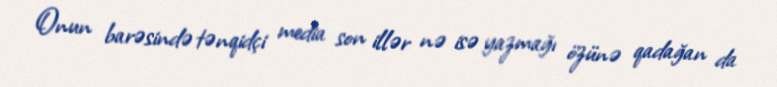
Onun barəsində tənqidçi media son illər nə isə yazmağı özünə qadağan da